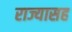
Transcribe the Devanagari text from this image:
राज्यासह